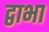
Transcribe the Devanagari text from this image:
द्वाभा